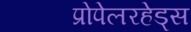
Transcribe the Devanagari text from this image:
प्रोपेलरहेड्स